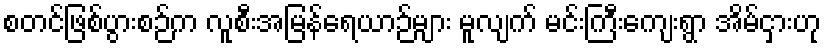
စတင်ဖြစ်ပွားစဉ်က လူစီးအမြန်ရေယာဉ်များ မူလျက် မင်းကြီးကျေးရွာ အိမ်ငှားဟု